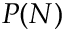
P ( N )